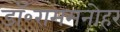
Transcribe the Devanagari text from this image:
डॉ॰राममनोहर